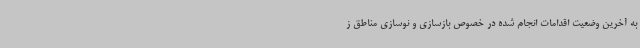
به آخرین وضعیت اقدامات انجام شده در خصوص بازسازی و نوسازی مناطق ز